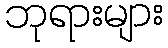
ဘုရားများ